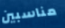
مناسبين